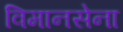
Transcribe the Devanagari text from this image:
विमानसेना